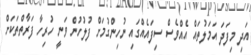
އަދި މިފަދަ އަމަލުތައް އެއްވެސް ސިފައެއްގައި ނުހިންގުމަށް ފުލުހުން ވަނީ ހުރިހާ ފަރާތްތަކަށް